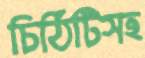
চিঠিটিসহ